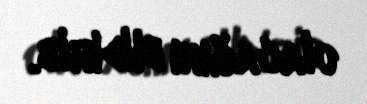
olacağını bildirib.